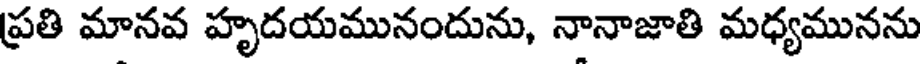
ప్రతి మానవ హృదయమునందును, నానాజాతి మధ్యమునను